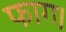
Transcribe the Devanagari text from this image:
फाग।